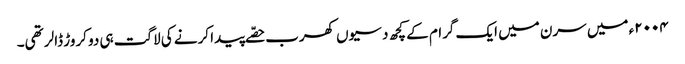
٢٠٠٤ء میں سرن میں ایک گرام کے کچھ دسیوں کھرب حصّے پیدا کرنے کی لاگت ہی دو کروڑ ڈالر تھی۔